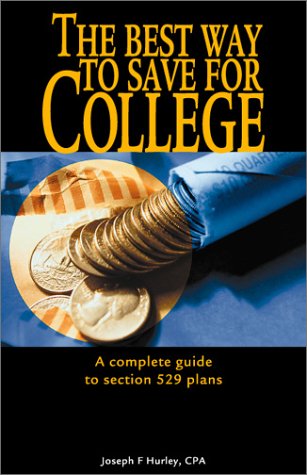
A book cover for The Best Way to Save for College - A Complete Guide to Section 529 Plans; Joseph F. Hurley; Business & Money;